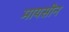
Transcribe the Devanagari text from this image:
मायसीन